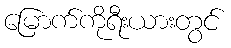
မြောက်ကိုရီးယားတွင်